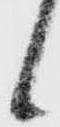
候